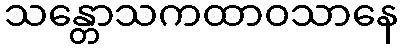
သန္တောသကထာဝသာနေ